Vaccination in the Punjab 1867-1880 - 1867-1880
Year: 1867
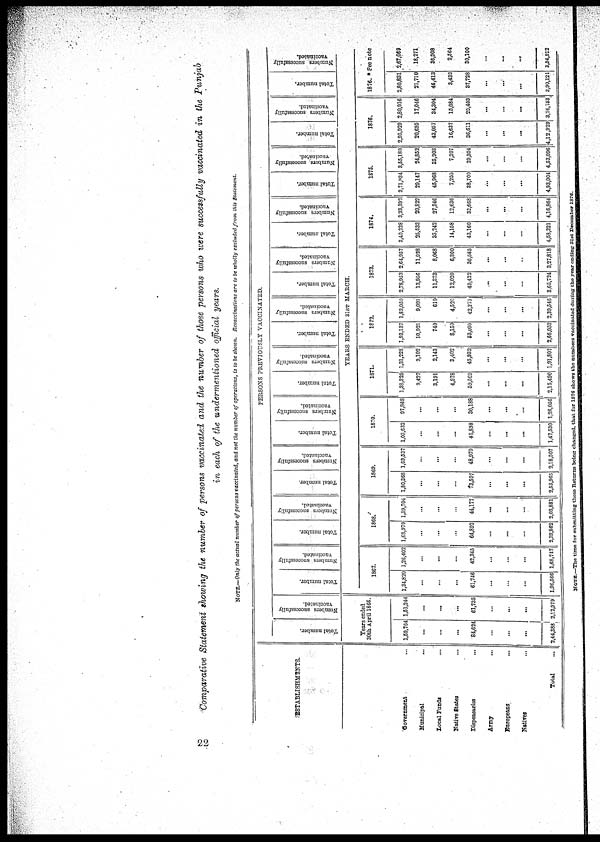
Comparative Statement showing the number of persons vaccinated and the number of those persons who were successfully vaccinated in the Punjab
in each of the undermentioned official years.
NOTE.—Only the actual number of persons vaccinated, and not the number of operations, is to be shown. Revaccinations are to be wholly excluded from this Statement.
ESTABLTSHMENTS.
Government ...
Municipal
...
Local Funds ...
Native States ...
Dispensaries ...
Army ...
Europeans ...
Natives ...
Total ...
PERSONS PREVIOUSLY VACCINATED.
Total number.
Numbers successfully
vaccinated.
Total number.
Numbers successfully
vaccinated.
Total number.
Numbers successfully
vaccinated.
Total number.
Numbers successfully
vaccinated.
Total number.
Numbers successfully
vaccinated.
Total number.
Numbers successfully
vaccinated.
Total number.
Numbers successfully
vaccinated.
Total number.
Numbers successfully
vaccinated.
Total number.
Numbers successfully
vaccinated.
Total number.
Numbers successfully
vaccinated.
Total number.
Numbers successfully
vaccinated.
Total number.
Numbers successfully
vaccinated.
YEARS ENDED 31ST MARCH.
Years ended
30th April 1866.
1,59,764
...
...
...
84,624
...
...
...
2,44,888
1,51,244
...
...
...
61,735
...
...
...
2,12,979
1867.
1,34,820
...
...
...
61,746
...
...
...
1,96,566
1,26,402
...
...
...
42,345
...
...
...
1,68,747
1868.
1,68,970
...
...
...
64,892
...
...
...
2,333,862
1,59,704
...
...
...
44,177
...
...
...
2,03,88l
1869.
1,80,368
...
...
...
73,597
...
...
...
2,53,965
1,69,537
...
...
...
48,970
...
...
...
2,18,507
1870.
1,03,632
...
...
...
43,898
...
...
...
1,47,530
97,868
...
...
...
30,188
...
...
...
1,28,056
1871.
1,38,325
9,427
3,191
4,978
59,569
...
...
...
2,15,490
1,31,228
9,102
2,143
3,402
45,932
...
...
...
1,91,807
1872.
1,93,137
10,921
740
8,159
53,095
...
...
...
2,66,052
1,83,050
9,091
610
4,520
42,275
...
...
...
2,39,546
1873.
2,78,953
13,956
11,373
12,020
49,422
...
...
...
3,65,724
2,64,957
11,928
8,068
6,300
36,565
...
...
...
3,27,818
1874.
3,40,228
25,533
35,242
14,158
43,160
...
...
...
4,58,321
3,23,392
20,822
27,346
12,636
32,668
...
...
...
4,16,864
1875.
3,71,934
29,147
45,968
7,255
38,700
...
...
...
4,93,004
3,55,180
24,852
35,903
7,207
29,954
...
...
...
4,53,096
1876.
2,95,929
20,695
43,057
16,637
36,611
...
...
...
4,12,929
2,80,916
17,046
34,304
15,084
29,408
...
...
...
3,76,753
1877.
2,80,831
21,710
46,413
3,489
37,728
...
...
...
3,90,121
See note
2,67,069
18,271
36,908
2,564
30,100
...
...
...
3,54,912
NOTE.—The time for submitting these Returns being change, that for 1874 shown the number vaccinated during the year ending 31st December 1876.
22